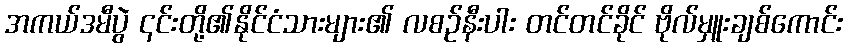
အကယ်ဒမီပွဲ ၎င်းတို့၏နိုင်ငံသားများ၏ လစဉ်နီးပါး တင်တင်ခိုင် ဗိုလ်မှူးချစ်ကောင်း